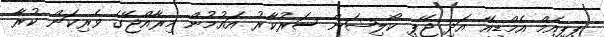
ޕީޕީއެމް އެމްޑީއޭ އަދި ޖޭޕީ ކޯލިޝަން ސަރުކާރު އައުމުން މިރާއްޖޭގެ ވެރިކަން ކުރާ